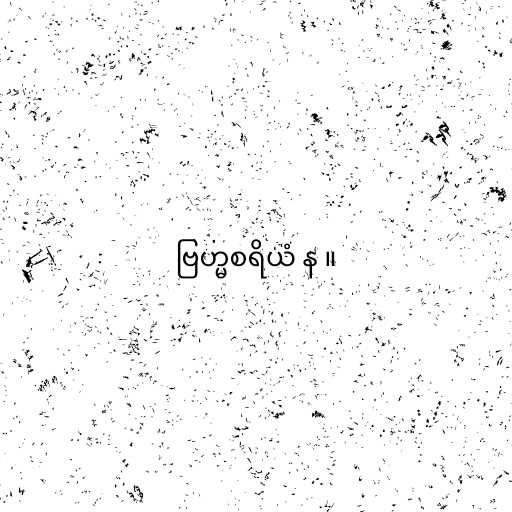
ဗြဟ္မစရိယံ န ။